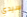
سيدي